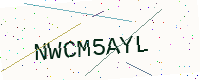
Text: NWCM5AYL